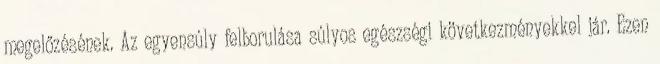
megelőzésének. Az egyensúly felborulása súlyos egészségi következményekkel jár. Ezen